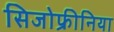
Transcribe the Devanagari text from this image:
सिजोफ्रीनिया